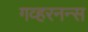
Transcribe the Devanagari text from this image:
गव्हरनन्स